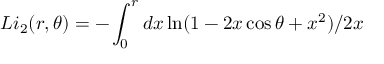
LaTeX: L i _ { 2 } ( r , \theta ) = - \int _ { 0 } ^ { r } d x \ln ( 1 - 2 x \cos \theta + x ^ { 2 } ) / 2 x